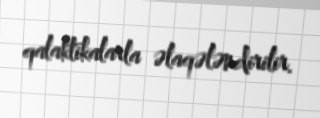
qalaktikalarla əlaqələndirilir.